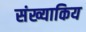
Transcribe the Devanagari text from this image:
संख्याकिय